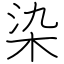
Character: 染